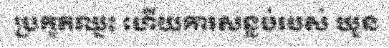
ប្រកួតឈ្នះ ហើយការសន្លប់របស់ ឃួន